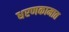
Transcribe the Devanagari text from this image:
धरणकामात